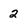
Character: 2